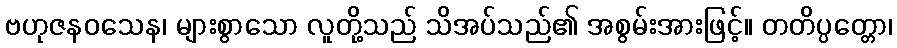
ဗဟုဇနဝသေန၊ များစွာသော လူတို့သည် သိအပ်သည်၏ အစွမ်းအားဖြင့်။ တတိပ္ပတ္တော၊